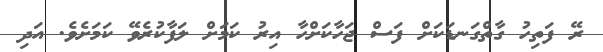
ރޭ ފަތިހު ގާތްގަނޑަކަށް ފަސް ޖަހާކަށްހާ އިރު ކަމަށް ލަފާކުރެވޭ ކަމަށެވެ. އަދި